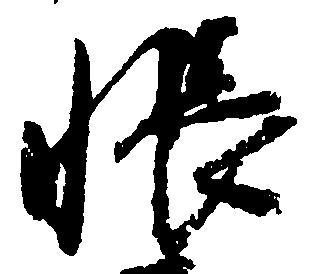
帳